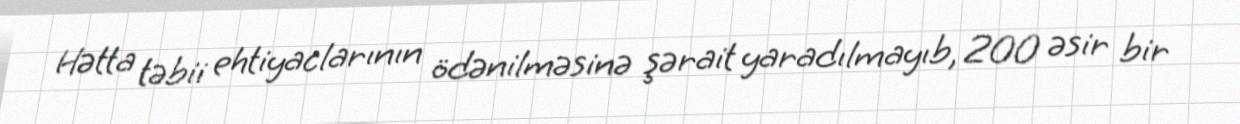
Hətta təbii ehtiyaclarının ödənilməsinə şərait yaradılmayıb, 200 əsir bir